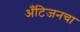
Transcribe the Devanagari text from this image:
अँटिजनचा